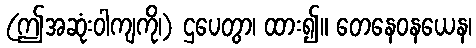
(ဤအဆုံးဝါကျကို၊) ဌပေတွာ၊ ထား၍။ တေနေဝနယေန၊